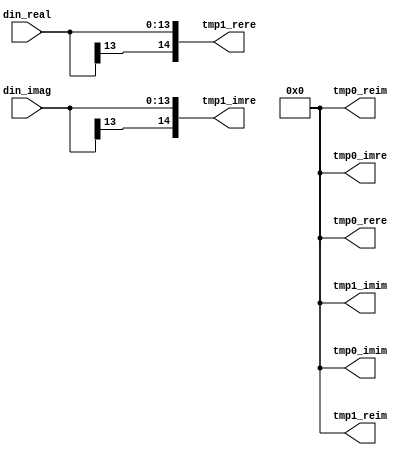
module twiddle64_part1
#(
	parameter DATA_WIDTH = 14,
	parameter TWIDDLE = 0
)(
	input  wire signed [DATA_WIDTH-1:0] din_real,
	input  wire signed [DATA_WIDTH-1:0] din_imag,
	output wire signed [DATA_WIDTH:0]   tmp0_rere,
	output wire signed [DATA_WIDTH:0]   tmp0_imim,
	output wire signed [DATA_WIDTH:0]   tmp0_reim,
	output wire signed [DATA_WIDTH:0]   tmp0_imre,
	output wire signed [DATA_WIDTH:0]   tmp1_rere,
	output wire signed [DATA_WIDTH:0]   tmp1_imim,
	output wire signed [DATA_WIDTH:0]   tmp1_reim,
	output wire signed [DATA_WIDTH:0]   tmp1_imre
);

generate
	case(TWIDDLE)
		0:
		begin: const0
			assign tmp0_rere = 0;
			assign tmp0_imim = 0;
			assign tmp0_reim = 0;
			assign tmp0_imre = 0;
			
			assign tmp1_rere = din_real;
			assign tmp1_imim = 0;
			assign tmp1_reim = 0;
			assign tmp1_imre = din_imag;
		end
		
		1:
		begin: const1
			assign tmp0_rere = din_real - (din_real >>> 4);
			assign tmp1_rere = tmp0_rere - (tmp0_rere >>> 6);
			
			assign tmp0_imim = (din_imag >>> 4) + (din_imag >>> 6);
			assign tmp1_imim = tmp0_imim + (tmp0_imim >>> 6);
			
			assign tmp0_imre = din_imag - (din_imag >>> 4);
			assign tmp1_imre = tmp0_imre - (tmp0_imre >>> 6);
			
			assign tmp0_reim = (din_real >>> 4) + (din_real >>> 6);
			assign tmp1_reim = tmp0_reim + (tmp0_reim >>> 6);
		end
		
		2:
		begin: const2
			assign tmp0_rere = din_real + (din_real >>> 2);
			assign tmp1_rere = tmp0_rere - (tmp0_rere >>> 6);
			
			assign tmp0_imim = (din_imag >>> 3) + (din_imag >>> 7);
			assign tmp1_imim = tmp0_imim - (tmp0_imim >>> 4);
			
			assign tmp0_imre = din_imag + (din_imag >>> 2);
			assign tmp1_imre = tmp0_imre - (tmp0_imre >>> 6);
			
			assign tmp0_reim = (din_real >>> 3) + (din_real >>> 7);
			assign tmp1_reim = tmp0_reim - (tmp0_reim >>> 4);
		end
		
		3:
		begin: const3
			assign tmp0_rere = din_real - (din_real >>> 5);
			assign tmp1_rere = tmp0_rere + (tmp0_rere >>> 8);
			
			assign tmp0_imim = din_imag + (din_imag >>> 2);
			assign tmp1_imim = tmp0_imim + (tmp0_imim >>> 5);
			
			assign tmp0_imre = din_imag - (din_imag >>> 5);
			assign tmp1_imre = tmp0_imre + (tmp0_imre >>> 8);
			
			assign tmp0_reim = din_real + (din_real >>> 2);
			assign tmp1_reim = tmp0_reim + (tmp0_reim >>> 5);
		end
		
		4:
		begin: const4
			assign tmp0_rere = din_real - (din_real >>> 3);
			assign tmp1_rere = din_real + (tmp0_rere >>> 2);
			
			assign tmp0_imim = din_imag + (din_imag >>> 1);
            assign tmp1_imim = tmp0_imim - (tmp0_imim >>> 11);
			
			assign tmp0_imre = din_imag - (din_imag >>> 3);
			assign tmp1_imre = din_imag + (tmp0_imre >>> 2);
			
			assign tmp0_reim = din_real + (din_real >>> 1);
            assign tmp1_reim = tmp0_reim - (tmp0_reim >>> 11);
		end
		
		5:
		begin: const5
			assign tmp0_rere = din_real + (din_real >>> 7);
			assign tmp1_rere = tmp0_rere - (tmp0_rere >>> 3);
			
			assign tmp0_imim = (din_imag >>> 1) + (din_imag >>> 3);
			assign tmp1_imim = tmp0_imim + (tmp0_imim >>> 3);
			
			assign tmp0_imre = din_imag + (din_imag >>> 7);
			assign tmp1_imre = tmp0_imre - (tmp0_imre >>> 3);
			
			assign tmp0_reim = (din_real >>> 1) + (din_real >>> 3);
			assign tmp1_reim = tmp0_reim + (tmp0_reim >>> 3);
		end
		
		6:
		begin: const6
			assign tmp0_rere = din_real + (din_real >>> 2);
			assign tmp1_rere = tmp0_rere - (tmp0_rere >>> 5);
			
			assign tmp0_imim = (din_imag >>> 1) + (din_imag >>> 7);
			assign tmp1_imim = tmp0_imim - (tmp0_imim >>> 3);
			
			assign tmp0_imre = din_imag + (din_imag >>> 2);
			assign tmp1_imre = tmp0_imre - (tmp0_imre >>> 5);
			
			assign tmp0_reim = (din_real >>> 1) + (din_real >>> 7);
			assign tmp1_reim = tmp0_reim - (tmp0_reim >>> 3);
		end
		
		7:
		begin: const7
			assign tmp0_rere = din_real - (din_real >>> 5);
			assign tmp1_rere = tmp0_rere - (tmp0_rere >>> 4);
			
			assign tmp0_imim = din_imag + (din_imag >>> 4);
			assign tmp1_imim = din_imag + (tmp0_imim >>> 7);
			
			assign tmp0_imre = din_imag - (din_imag >>> 5);
			assign tmp1_imre = tmp0_imre - (tmp0_imre >>> 4);
			
			assign tmp0_reim = din_real + (din_real >>> 4);
			assign tmp1_reim = din_real + (tmp0_reim >>> 7);
		end
		
		8:
		begin: const8
			assign tmp0_rere = din_real + (din_real >>> 6);
			assign tmp1_rere = tmp0_rere + (tmp0_rere >>> 8);
			
			assign tmp0_imim = din_imag + (din_imag >>> 6);
			assign tmp1_imim = tmp0_imim + (tmp0_imim >>> 8);
			
			assign tmp0_imre = din_imag + (din_imag >>> 6);
			assign tmp1_imre = tmp0_imre + (tmp0_imre >>> 8);
			
			assign tmp0_reim = din_real + (din_real >>> 6);
			assign tmp1_reim = tmp0_reim + (tmp0_reim >>> 8);
		end
	endcase
endgenerate

endmodule